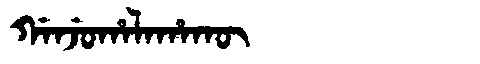
Manchu: ᡤᠠᠨᠵᡠᡥᠠᠯᠠᡥᠠᡴᡡ
Romanization: GANJUHALAHAKŪ